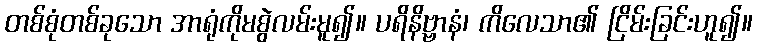
တစ်စုံတစ်ခုသော အာရုံကိုမစွဲလမ်းမူ၍။ ပရိနိဗ္ဗာနံ၊ ကိလေသာ၏ ငြိမ်းခြင်းဟူ၍။